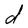
Character: d